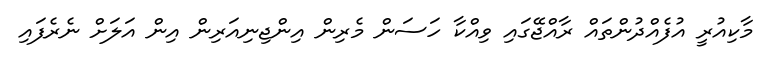
މާކިއުރީ އުފެއްދުންތައް ރާއްޖޭގައި ވިއްކާ ހަސަން މެރިން އިންޖިނިއަރިން އިން އަލަށް ނެރެފައި